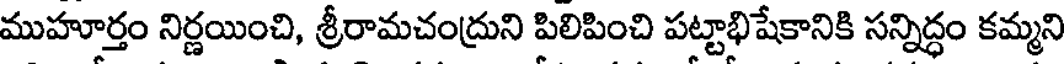
ముహూర్తం నిర్ణయించి, శ్రీరామచంద్రుని పిలిపించి పట్టాభిషేకానికి సన్నిద్ధం కమ్మని